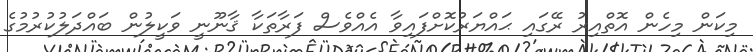
މިކަން މިހެން އޮތްއިރު ރޭގައި ޙައްޔަރުކޮށްފައިވާ އެއްވެސް ފަރާތަކާ ޤާނޫނީ ވަކީލުން ބައްދަލުކުރުމުގެ